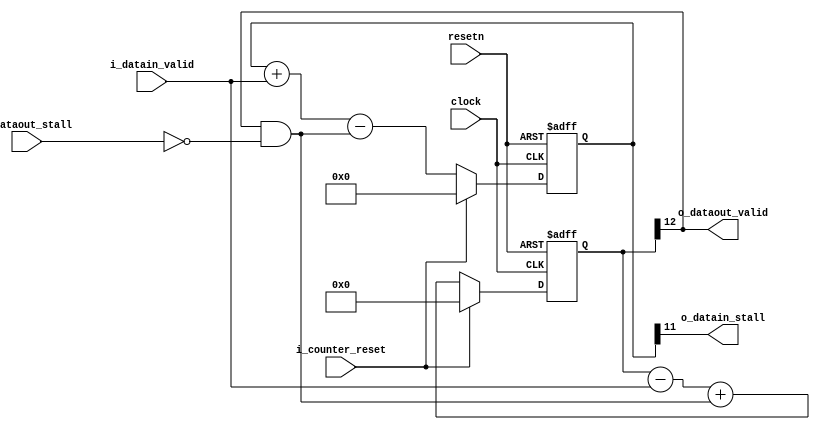
module vfabric_counter_fifo (
	clock, resetn, i_counter_reset, i_datain_valid, o_datain_stall,
        o_dataout_valid, i_dataout_stall
);

parameter DEPTH=2048;
localparam COUNTER_BITS = $clog2(DEPTH)+1;

input  clock, resetn, i_counter_reset;
input  i_datain_valid, i_dataout_stall;
output o_dataout_valid, o_datain_stall;

reg [COUNTER_BITS-1:0] valid_counter;
reg [COUNTER_BITS:0] valid_counter_neg;
wire input_accepted, output_acknowledged;

assign input_accepted = i_datain_valid;
assign output_acknowledged = o_dataout_valid & ~i_dataout_stall;

  always @(posedge clock or negedge resetn)
  begin
    if (~resetn)
    begin
      valid_counter <= {COUNTER_BITS{1'b0}};
      valid_counter_neg <= {(COUNTER_BITS+1){1'b0}};
    end
    else if (i_counter_reset)
    begin
      valid_counter <= {COUNTER_BITS{1'b0}};
      valid_counter_neg <= {(COUNTER_BITS+1){1'b0}};
    end
    else
    begin
      valid_counter <= valid_counter + input_accepted - output_acknowledged;
      valid_counter_neg <= valid_counter_neg - input_accepted + output_acknowledged;
    end
  end

assign o_datain_stall = valid_counter[COUNTER_BITS-1];
assign o_dataout_valid = valid_counter_neg[COUNTER_BITS];

endmodule